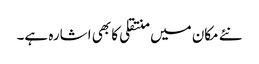
نئے مکان میں منتقلی کا بھی اشارہ ہے۔